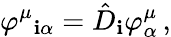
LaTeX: \varphi^{\mu}{}_{\mathbf{i}\alpha}=\hat{{D}}_{\mathbf{i}}\varphi_{\alpha}^{\mu}\, ,